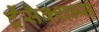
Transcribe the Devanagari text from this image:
ट्रैंसैक्शन्स